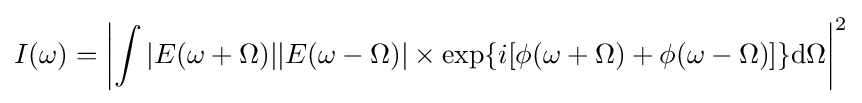
I(\omega )=\left|\int |E(\omega +\Omega )||E(\omega -\Omega )|\times {\text{exp}}\{i[\phi (\omega +\Omega )+\phi (\omega -\Omega )]\}\mathrm {d} \Omega \right|^{2}